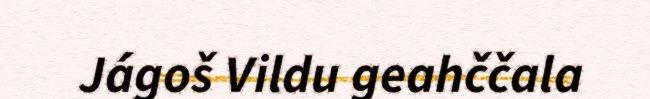
Jágoš Vildu geahččala